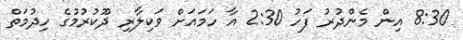
8:30 އިން މެންދުރު ފަހު 2:30 އާ ހަމައަށް ވަކިލާރި ދޫކުރުމުގެ ހިދުމަތް